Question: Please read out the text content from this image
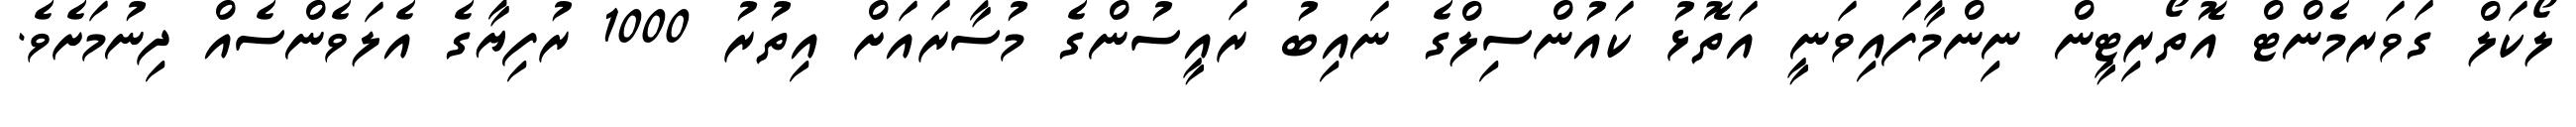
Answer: ލޯކަލް ގަވަރމެންޓް އޮތޯރިޓީން ނިންމާފައިވަނީ އަތޮޅު ކައުންސިލްގެ ނައިބު ރައީސުންގެ މުސާރައަށް އިތުރު 1000 ރުފިޔާގެ އެލަވެންސެއް ދިނުމަށެވެ.